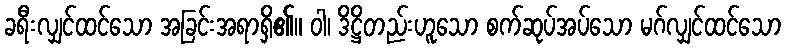
ခရီးလျှင်ထင်သော အခြင်းအရာရှိ၏။ ဝါ၊ ဒိဋ္ဌိတည်းဟူသော စက်ဆုပ်အပ်သော မဂ်လျှင်ထင်သော